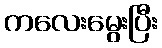
ကလေးမွေးပြီး